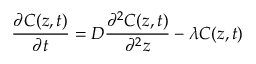
\frac { \partial C ( z , t ) } { \partial t } = D \frac { \partial ^ { 2 } C ( z , t ) } { \partial ^ { 2 } z } - \lambda C ( z , t )